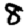
Digit: 8